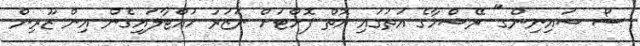
ސޯ ޝައިނިންގ" ރޭޝްމާގެ އަތުގައި އޮތް ފޮށްޓަށް ނަޒަރު ހުއްޓާލައިގެން އިން ޒޫރިން